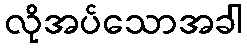
လိုအပ်သောအခါ